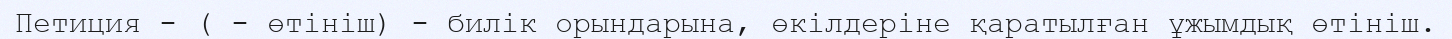
Петиция - ( - өтініш) - билік орындарына, өкілдеріне қаратылған ұжымдық өтініш.